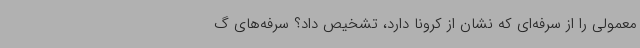
معمولی را از سرفه‌ای که نشان از کرونا دارد، تشخیص داد؟ سرفه‌های گ